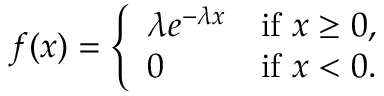
f ( x ) = { \left\{ \begin{array} { l l } { \lambda e ^ { - \lambda x } } & { { \mathrm { i f ~ } } x \geq 0 , } \\ { 0 } & { { \mathrm { i f ~ } } x < 0 . } \end{array} \right. }